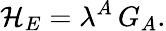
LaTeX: {\cal H}_{E}=\lambda^{A}\, G_{A}.